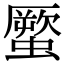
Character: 蟨